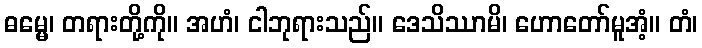
ဓမ္မေ၊ တရားတို့ကို။ အဟံ၊ ငါဘုရားသည်။ ဒေသိဿာမိ၊ ဟောတော်မူအံ့။ တံ၊